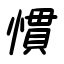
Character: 慣